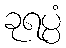
ခုရပ္ပံ